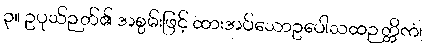
၃။ ဥပုသ်ဉတ်၏ အစွမ်းဖြင့် ထားအပ်သောဥပေါသထဉတ္တိကံ၊